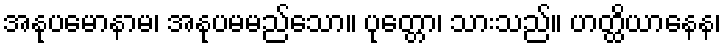
အနုပမောနာမ၊ အနုပမမည်သော။ ပုတ္တော၊ သားသည်။ ဟတ္ထိယာနေန၊